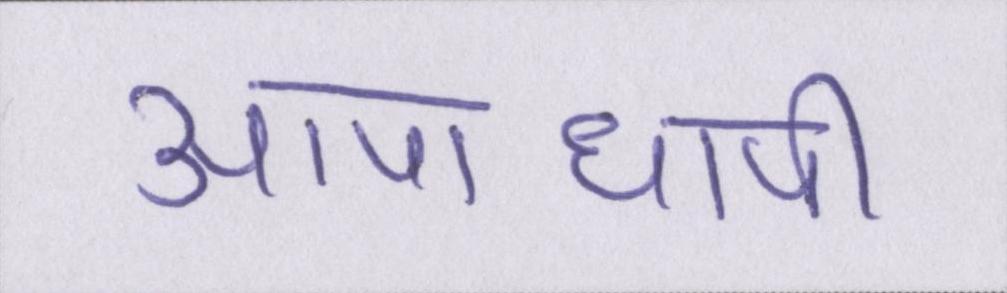
आपाधापी